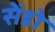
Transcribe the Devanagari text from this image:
सेंडो